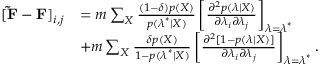
\begin{array} { r l } { [ \mathbf { \tilde { F } } - \mathbf { F } ] _ { i , j } } & { = m \sum _ { X } \frac { ( 1 - \delta ) p ( X ) } { p ( \boldsymbol { \lambda } ^ { * } | X ) } \left[ \frac { \partial ^ { 2 } p ( \boldsymbol { \lambda } | X ) } { \partial \lambda _ { i } \partial \lambda _ { j } } \right] _ { \boldsymbol { \lambda } = \boldsymbol { \lambda } ^ { * } } } \\ & { + m \sum _ { X } \frac { \delta p ( X ) } { 1 - p ( \boldsymbol { \lambda } ^ { * } | X ) } \left[ \frac { \partial ^ { 2 } [ 1 - p ( \boldsymbol { \lambda } | X ) ] } { \partial \lambda _ { i } \partial \lambda _ { j } } \right] _ { \boldsymbol { \lambda } = \boldsymbol { \lambda } ^ { * } } . } \end{array}